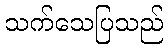
သက်သေပြသည်